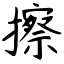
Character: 擦